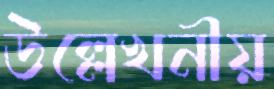
উল্লেখনীয়